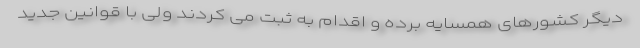
دیگر کشورهای همسایه برده و اقدام به ثبت می کردند ولی با قوانین جدید